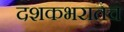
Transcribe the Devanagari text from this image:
दशकभरातच